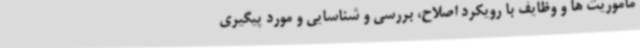
ماموریت ها و وظایف با رویکرد اصلاح، بررسی و شناسایی و مورد پیگیری